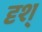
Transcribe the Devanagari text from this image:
दृश्